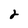
Character: 2